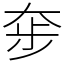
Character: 𡘧